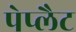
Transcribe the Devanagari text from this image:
पेप्लैट